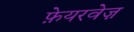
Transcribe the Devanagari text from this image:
फ़ेयरवेज़